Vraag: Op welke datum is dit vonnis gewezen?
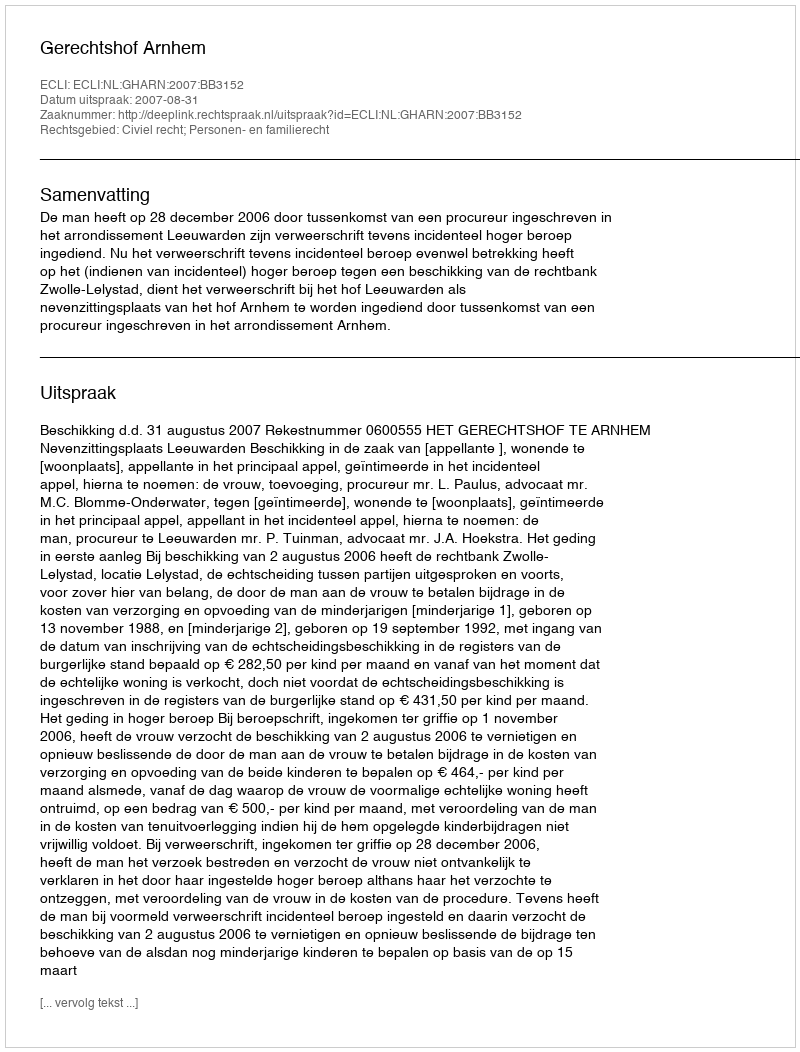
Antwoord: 2007-08-31